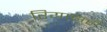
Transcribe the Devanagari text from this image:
रियाझही